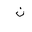
Letter: _non